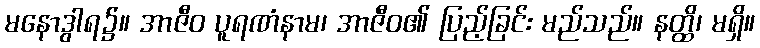
မနောဒွါရ၌။ အာဇီဝ ပူရဏံနာမ၊ အာဇီဝ၏ ပြည့်ခြင်း မည်သည်။ နတ္ထိ၊ မရှိ။